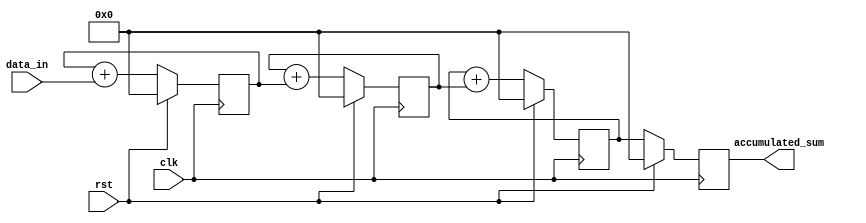
module cascaded_accumulator (
  input wire clk,
  input wire rst,
  input wire [7:0] data_in,
  output reg [15:0] accumulated_sum
);

reg [15:0] sum1;
reg [15:0] sum2;
reg [15:0] sum3;

always @(posedge clk) begin
  if (rst) begin
    sum1 <= 16'h0000;
    sum2 <= 16'h0000;
    sum3 <= 16'h0000;
    accumulated_sum <= 16'h0000;
  end else begin
    sum1 <= sum1 + data_in;
    sum2 <= sum2 + sum1;
    sum3 <= sum3 + sum2;
    accumulated_sum <= sum3;
  end
end

endmodule